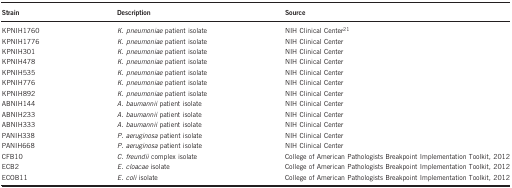
| Strain | Description | Source |
 | --- | --- | --- |
 | KPNIH1760 | K. pneumoniae patient isolate | NIH Clinical Center21 |
 | KPNIH1776 | K. pneumoniae patient isolate | NIH Clinical Center |
 | KPNIH301 | K. pneumoniae patient isolate | NIH Clinical Center |
 | KPNIH478 | K. pneumoniae patient isolate | NIH Clinical Center |
 | KPNIH535 | K. pneumoniae patient isolate | NIH Clinical Center |
 | KPNIH776 | K. pneumoniae patient isolate | NIH Clinical Center |
 | KPNIH892 | K. pneumoniae patient isolate | NIH Clinical Center |
 | ABNIH144 | A. baumannii patient isolate | NIH Clinical Center |
 | ABNIH233 | A. baumannii patient isolate | NIH Clinical Center |
 | ABNIH333 | A. baumannii patient isolate | NIH Clinical Center |
 | PANIH338 | P. aeruginosa patient isolate | NIH Clinical Center |
 | PANIH668 | P. aeruginosa patient isolate | NIH Clinical Center |
 | CFB10 | C. freundii complex isolate | College of American Pathologists Breakpoint Implementation Toolkit, 2012 |
 | ECB2 | E. cloacae isolate | College of American Pathologists Breakpoint Implementation Toolkit, 2012 |
 | ECOB11 | E. coli isolate | College of American Pathologists Breakpoint Implementation Toolkit, 2012 |